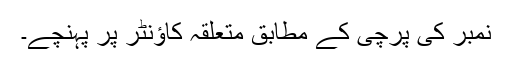
نمبر کی پرچی کے مطابق متعلقہ کاؤنٹر پر پہنچے۔